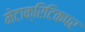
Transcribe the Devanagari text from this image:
मेटाक्रिटिकपर